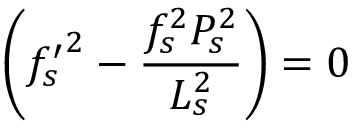
\biggl ( { f _ { s } ^ { \prime } } ^ { 2 } - \frac { f _ { s } ^ { 2 } P _ { s } ^ { 2 } } { L _ { s } ^ { 2 } } \biggr ) = 0